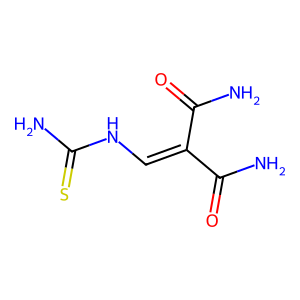
SMILES: NC(=O)C(=CNC(N)=S)C(N)=O
Inhibits HIV replication: No